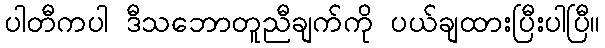
ပါတီကပါ ဒီသဘောတူညီချက်ကို ပယ်ချထားပြီးပါပြီ။